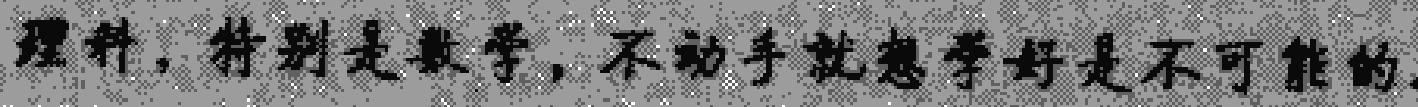
理科，特别是数学，不动手就想学好是不可能的.